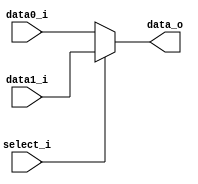
module MUX5
(
    data0_i,
    data1_i,
    select_i,
    data_o
);

/* Ports */
input       [4:0]   data0_i, data1_i;
input               select_i;
output  reg [4:0]   data_o;

/* Multiplexer */
always @(*) begin
    if (select_i == 1'b1)
        data_o <= data1_i;
    else
        data_o <= data0_i;
end

endmodule